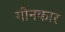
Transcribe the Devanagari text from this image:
गीनकार